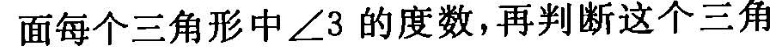
面每个三角形中∠3的度数，再判断这个三角